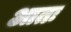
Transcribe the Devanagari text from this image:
आतः